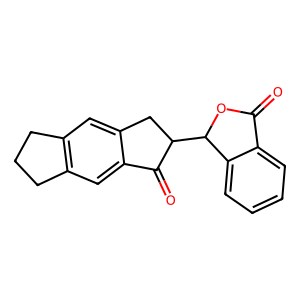
SMILES: O=C1OC(C2Cc3cc4c(cc3C2=O)CCC4)c2ccccc21
Inhibits HIV replication: No